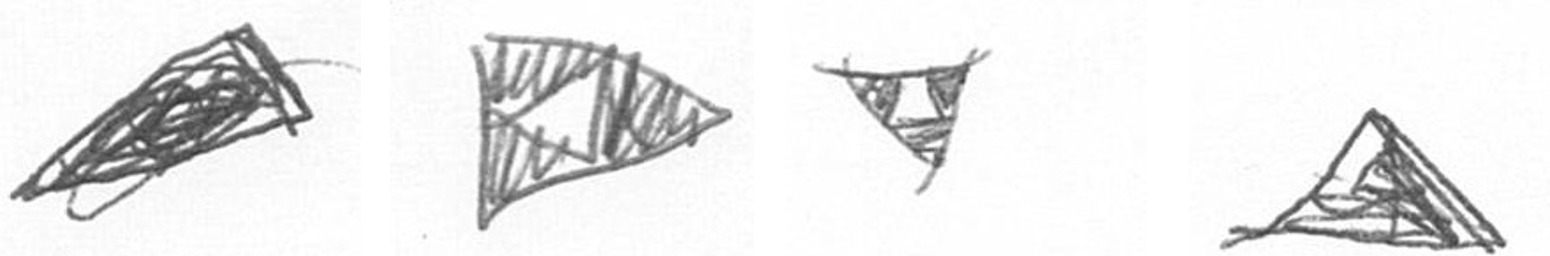
O K S O